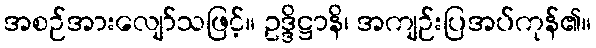
အစဉ်အားလျော်သဖြင့်။ ဥဒ္ဒိဋ္ဌာနိ၊ အကျဉ်းပြအပ်ကုန်၏။